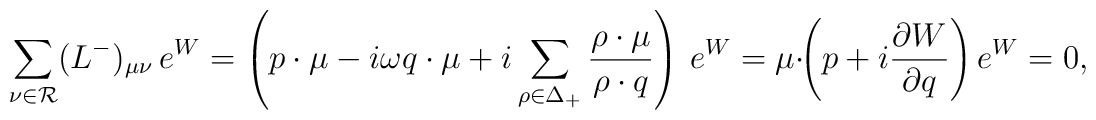
\sum_{\nu\in{\cal R}}(L^-)_{\mu\nu}\,e^W=    \left(p\cdot\mu-i\omega q\cdot\mu   +i\sum_{\rho\in\Delta_+}{\rho\cdot\mu\over{\rho\cdot q}}\right)\,e^W=   \mu\cdot\!\left(p+i{\partial W\over{\partial q}}\right)e^W=0,